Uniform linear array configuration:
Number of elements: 64
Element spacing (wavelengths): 0.75
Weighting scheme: binomial
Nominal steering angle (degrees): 15
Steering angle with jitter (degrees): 13.038
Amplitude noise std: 0.05
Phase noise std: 0.05

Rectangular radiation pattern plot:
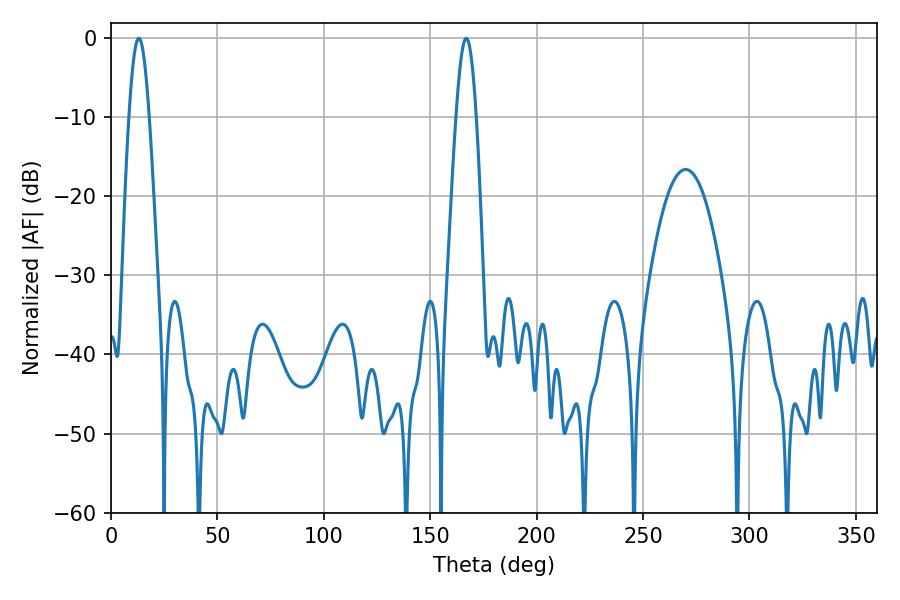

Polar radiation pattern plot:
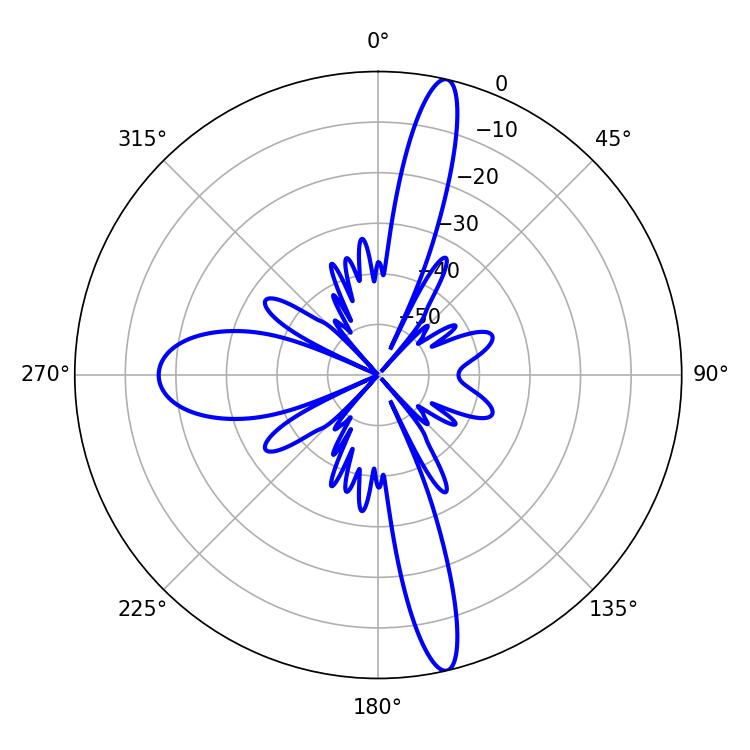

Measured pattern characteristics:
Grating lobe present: TRUE
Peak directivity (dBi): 17.217
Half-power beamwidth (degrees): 5.04
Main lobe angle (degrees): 13.14